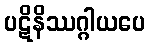
ပဋိနိဿဂ္ဂါယပေ